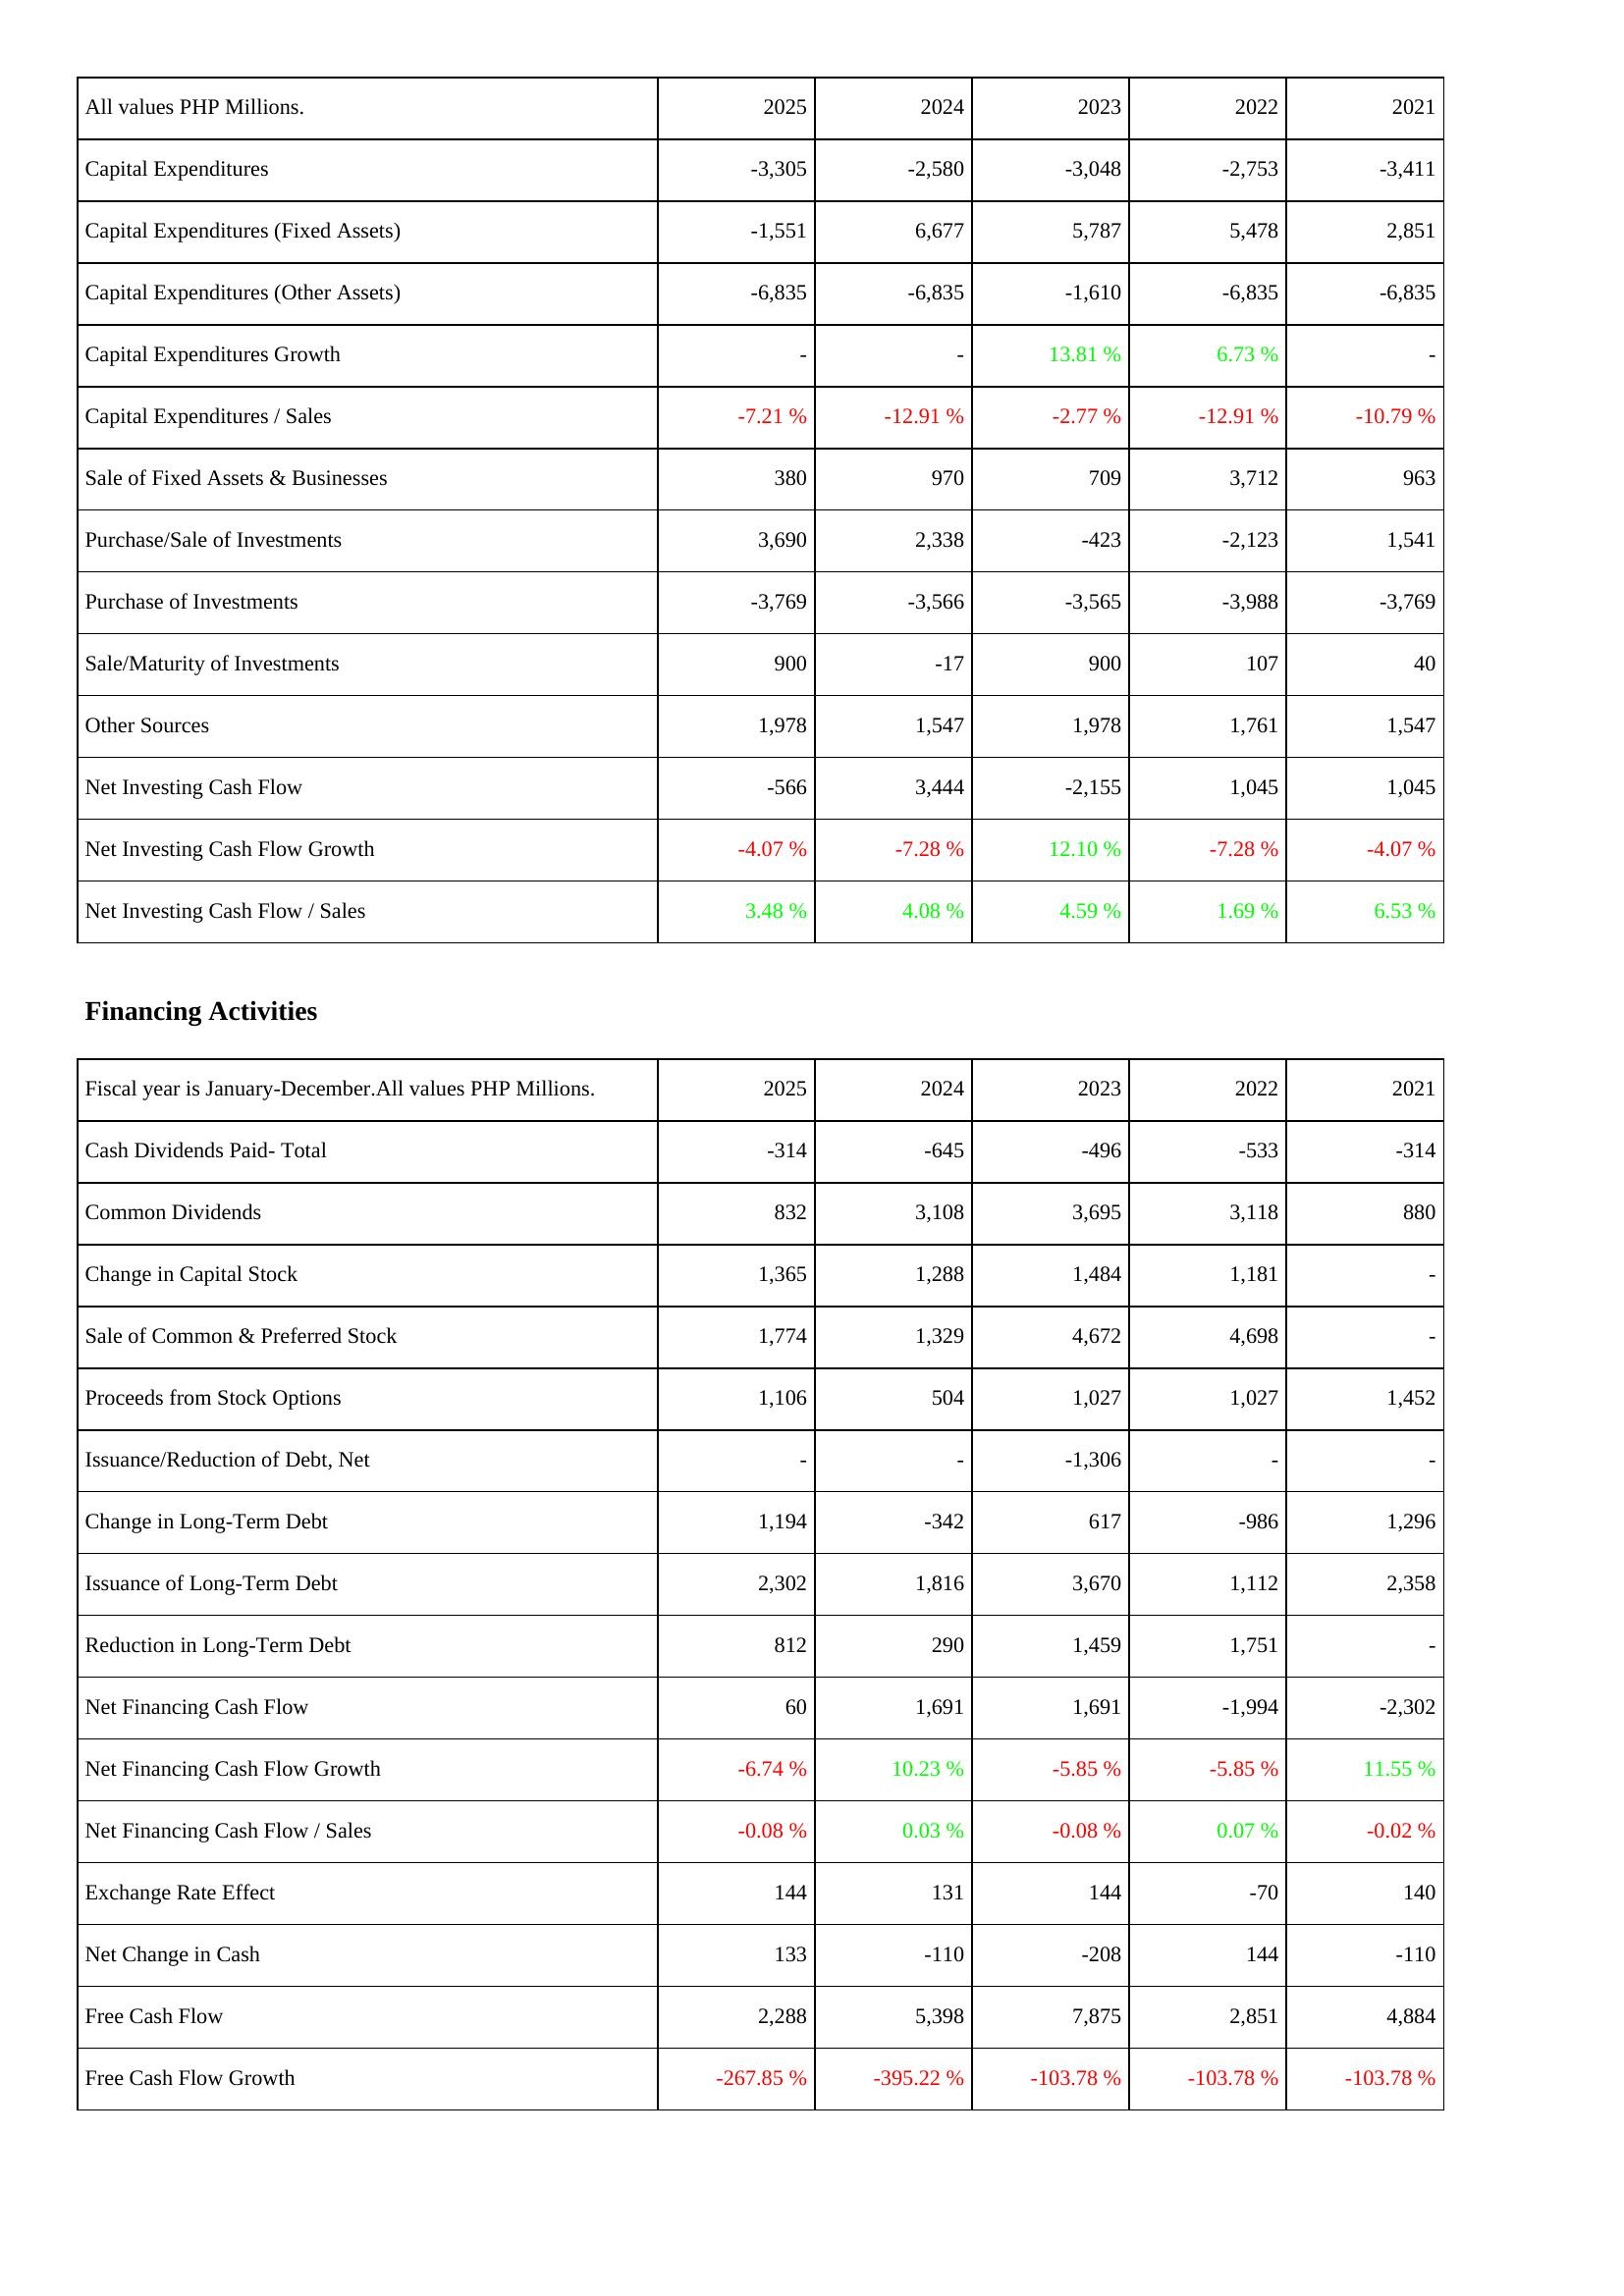
2025: Investing Activities: Capital Expenditures: -3,305
Capital Expenditures (Fixed Assets): -1,551
Capital Expenditures (Other Assets): -6,835
Capital Expenditures Growth: -
Capital Expenditures / Sales: -7.21 %
Sale of Fixed Assets & Businesses: 380
Purchase/Sale of Investments: 3,690
Purchase of Investments: -3,769
Sale/Maturity of Investments: 900
Other Sources: 1,978
Net Investing Cash Flow: -566
Net Investing Cash Flow Growth: -4.07 %
Net Investing Cash Flow / Sales: 3.48 %
Financing Activities: Cash Dividends Paid- Total: -314
Common Dividends: 832
Change in Capital Stock: 1,365
Sale of Common & Preferred Stock: 1,774
Proceeds from Stock Options: 1,106
Issuance/Reduction of Debt, Net: -
Change in Long-Term Debt: 1,194
Issuance of Long-Term Debt: 2,302
Reduction in Long-Term Debt: 812
Net Financing Cash Flow: 60
Net Financing Cash Flow Growth: -6.74 %
Net Financing Cash Flow / Sales: -0.08 %
Exchange Rate Effect: 144
Net Change in Cash: 133
Free Cash Flow: 2,288
Free Cash Flow Growth: -267.85 %
2024: Investing Activities: Capital Expenditures: -2,580
Capital Expenditures (Fixed Assets): 6,677
Capital Expenditures (Other Assets): -6,835
Capital Expenditures Growth: -
Capital Expenditures / Sales: -12.91 %
Sale of Fixed Assets & Businesses: 970
Purchase/Sale of Investments: 2,338
Purchase of Investments: -3,566
Sale/Maturity of Investments: -17
Other Sources: 1,547
Net Investing Cash Flow: 3,444
Net Investing Cash Flow Growth: -7.28 %
Net Investing Cash Flow / Sales: 4.08 %
Financing Activities: Cash Dividends Paid- Total: -645
Common Dividends: 3,108
Change in Capital Stock: 1,288
Sale of Common & Preferred Stock: 1,329
Proceeds from Stock Options: 504
Issuance/Reduction of Debt, Net: -
Change in Long-Term Debt: -342
Issuance of Long-Term Debt: 1,816
Reduction in Long-Term Debt: 290
Net Financing Cash Flow: 1,691
Net Financing Cash Flow Growth: 10.23 %
Net Financing Cash Flow / Sales: 0.03 %
Exchange Rate Effect: 131
Net Change in Cash: -110
Free Cash Flow: 5,398
Free Cash Flow Growth: -395.22 %
2023: Investing Activities: Capital Expenditures: -3,048
Capital Expenditures (Fixed Assets): 5,787
Capital Expenditures (Other Assets): -1,610
Capital Expenditures Growth: 13.81 %
Capital Expenditures / Sales: -2.77 %
Sale of Fixed Assets & Businesses: 709
Purchase/Sale of Investments: -423
Purchase of Investments: -3,565
Sale/Maturity of Investments: 900
Other Sources: 1,978
Net Investing Cash Flow: -2,155
Net Investing Cash Flow Growth: 12.10 %
Net Investing Cash Flow / Sales: 4.59 %
Financing Activities: Cash Dividends Paid- Total: -496
Common Dividends: 3,695
Change in Capital Stock: 1,484
Sale of Common & Preferred Stock: 4,672
Proceeds from Stock Options: 1,027
Issuance/Reduction of Debt, Net: -1,306
Change in Long-Term Debt: 617
Issuance of Long-Term Debt: 3,670
Reduction in Long-Term Debt: 1,459
Net Financing Cash Flow: 1,691
Net Financing Cash Flow Growth: -5.85 %
Net Financing Cash Flow / Sales: -0.08 %
Exchange Rate Effect: 144
Net Change in Cash: -208
Free Cash Flow: 7,875
Free Cash Flow Growth: -103.78 %
2022: Investing Activities: Capital Expenditures: -2,753
Capital Expenditures (Fixed Assets): 5,478
Capital Expenditures (Other Assets): -6,835
Capital Expenditures Growth: 6.73 %
Capital Expenditures / Sales: -12.91 %
Sale of Fixed Assets & Businesses: 3,712
Purchase/Sale of Investments: -2,123
Purchase of Investments: -3,988
Sale/Maturity of Investments: 107
Other Sources: 1,761
Net Investing Cash Flow: 1,045
Net Investing Cash Flow Growth: -7.28 %
Net Investing Cash Flow / Sales: 1.69 %
Financing Activities: Cash Dividends Paid- Total: -533
Common Dividends: 3,118
Change in Capital Stock: 1,181
Sale of Common & Preferred Stock: 4,698
Proceeds from Stock Options: 1,027
Issuance/Reduction of Debt, Net: -
Change in Long-Term Debt: -986
Issuance of Long-Term Debt: 1,112
Reduction in Long-Term Debt: 1,751
Net Financing Cash Flow: -1,994
Net Financing Cash Flow Growth: -5.85 %
Net Financing Cash Flow / Sales: 0.07 %
Exchange Rate Effect: -70
Net Change in Cash: 144
Free Cash Flow: 2,851
Free Cash Flow Growth: -103.78 %
2021: Investing Activities: Capital Expenditures: -3,411
Capital Expenditures (Fixed Assets): 2,851
Capital Expenditures (Other Assets): -6,835
Capital Expenditures Growth: -
Capital Expenditures / Sales: -10.79 %
Sale of Fixed Assets & Businesses: 963
Purchase/Sale of Investments: 1,541
Purchase of Investments: -3,769
Sale/Maturity of Investments: 40
Other Sources: 1,547
Net Investing Cash Flow: 1,045
Net Investing Cash Flow Growth: -4.07 %
Net Investing Cash Flow / Sales: 6.53 %
Financing Activities: Cash Dividends Paid- Total: -314
Common Dividends: 880
Change in Capital Stock: -
Sale of Common & Preferred Stock: -
Proceeds from Stock Options: 1,452
Issuance/Reduction of Debt, Net: -
Change in Long-Term Debt: 1,296
Issuance of Long-Term Debt: 2,358
Reduction in Long-Term Debt: -
Net Financing Cash Flow: -2,302
Net Financing Cash Flow Growth: 11.55 %
Net Financing Cash Flow / Sales: -0.02 %
Exchange Rate Effect: 140
Net Change in Cash: -110
Free Cash Flow: 4,884
Free Cash Flow Growth: -103.78 %